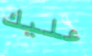
عليك